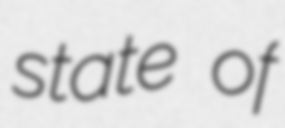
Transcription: state of